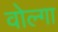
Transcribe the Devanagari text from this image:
वोल्‍गा